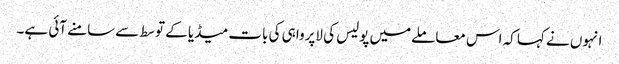
انہوں نے کہا کہ اس معاملےمیں پولیس کی لاپرواہی کی بات میڈیا کے توسط سےسامنے آئی ہے۔